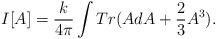
LaTeX: \begin{align*}I[A] = \frac{k}{4\pi} \int Tr (AdA + \frac{2}{3} A^3 ).\end{align*}